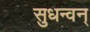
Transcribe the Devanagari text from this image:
सुधन्वन्‌